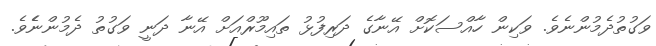
ވަގުތުދެމުންނެވެ. ވަކިން ހާއްސަކޮށް އޭނާގެ ދަރިފުޅު ތައިމޫރްއަށް އޭނާ ދަނީ ވަގުތު ދެމުންނެެވެ.